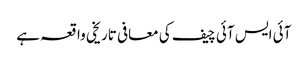
آئی ایس آئی چیف کی معافی تاریخی واقعہ ہے